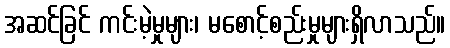
အဆင်ခြင် ကင်းမဲ့မှုများ၊ မစောင့်စည်းမှုများရှိလာသည်။